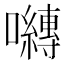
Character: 𭌯